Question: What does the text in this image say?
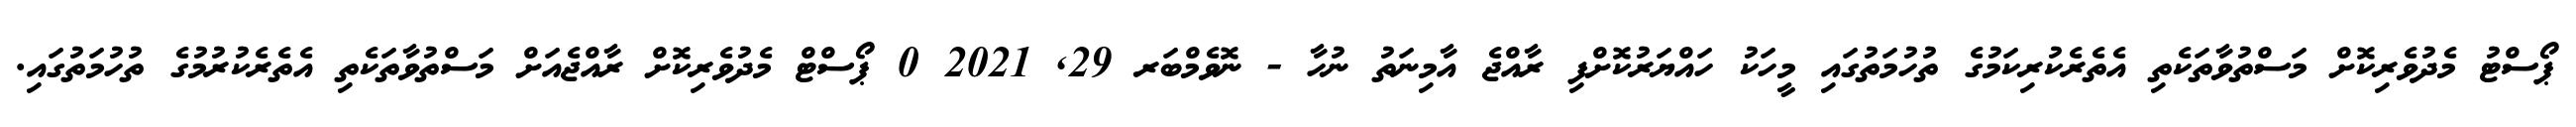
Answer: ޕޯސްޓު މެދުވެރިކޮށް މަސްތުވާތަކެތި އެތެރެކުރިކަމުގެ ތުހުމަތުގައި މީހަކު ހައްޔަރުކޮށްފި ރާއްޖެ އާމިނަތު ނުހާ - ނޮވެމްބަރ 29, 2021 0 ޕޯސްޓް މެދުވެރިކޮށް ރާއްޖެއަށް މަސްތުވާތަކެތި އެތެރެކުރުމުގެ ތުހުމަތުގައި.